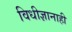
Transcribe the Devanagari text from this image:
विधीज्ञानाही